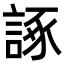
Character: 諑